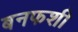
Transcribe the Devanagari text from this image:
बनफशी